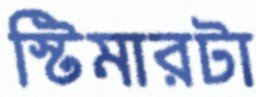
স্টিমারটা